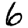
Digit: 6